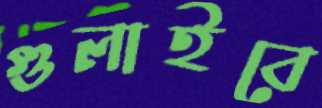
গুলাইবে